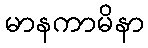
မာနကာမိနာ